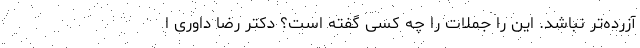
آزرده‌تر نباشد. این را جملات را چه کسی گفته است؟ دکتر رضا داوری ا